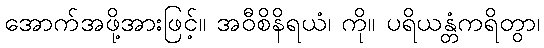
အောက်အဖို့အားဖြင့်။ အဝီစိနိရယံ၊ ကို။ ပရိယန္တံကရိတွာ၊